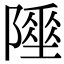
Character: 𨼦